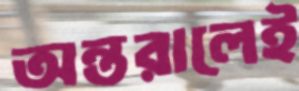
অন্তরালেই